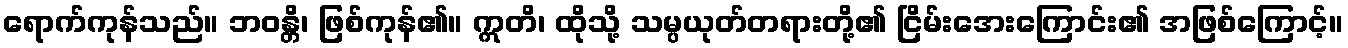
ရောက်ကုန်သည်။ ဘဝန္တိ၊ ဖြစ်ကုန်၏။ ဣတိ၊ ထိုသို့ သမ္ပယုတ်တရားတို့၏ ငြိမ်းအေးကြောင်း၏ အဖြစ်ကြောင့်။